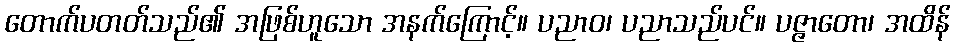
တောက်ပတတ်သည်၏ အဖြစ်ဟူသော အနက်ကြောင့်။ ပညာဝ၊ ပညာသည်ပင်။ ပဇ္ဇာတော၊ အထိန်